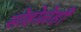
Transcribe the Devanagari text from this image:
सोहोळेही